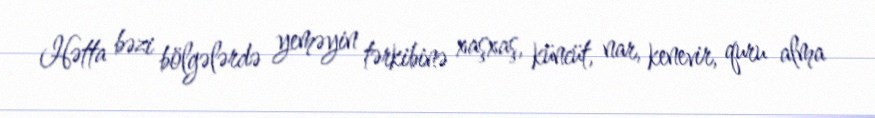
Hətta bəzi bölgələrdə yeməyin tərkibinə xaşxaş, küncüt, nar, kenevir, quru alma